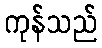
ကုန်သည်